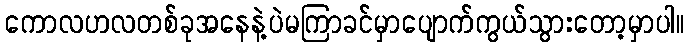
ကောလဟလတစ်ခုအနေနဲ့ပဲမကြာခင်မှာပျောက်ကွယ်သွားတော့မှာပါ။